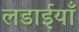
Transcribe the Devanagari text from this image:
लडाईयाँ